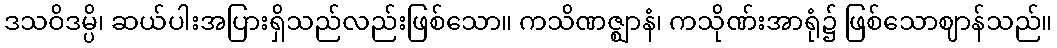
ဒသဝိဒမ္ပိ၊ ဆယ်ပါးအပြားရှိသည်လည်းဖြစ်သော။ ကသိဏဇ္ဈာနံ၊ ကသိုဏ်းအာရုံ၌ ဖြစ်သောဈာန်သည်။